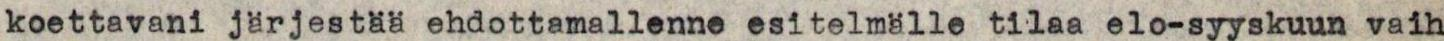
koettavani järjestää ehdottamallenne esitelmälle tilaa elo-syyskuun vaih